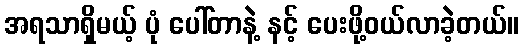
အရသာရှိမယ့် ပုံ ပေါ်တာနဲ့ နင့် ပေးဖို့ဝယ်လာခဲ့တယ်။